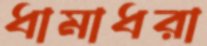
ধামাধরা